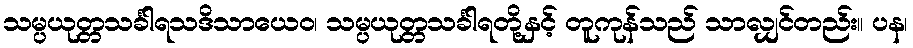
သမ္ပယုတ္တသင်္ခါရသဒိသာယေဝ၊ သမ္ပယုတ္တသင်္ခါရတို့နှင့် တူကုန်သည် သာလျှင်တည်း။ ပန၊